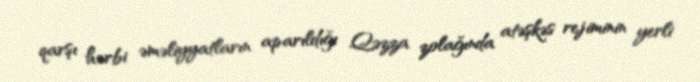
qarşı hərbi əməliyyatların aparıldığı Qəzza zolağında atəşkəs rejiminin yerli